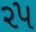
૨૫